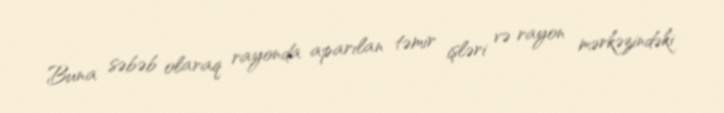
Buna səbəb olaraq rayonda aparılan təmir işləri və rayon mərkəzindəki